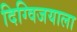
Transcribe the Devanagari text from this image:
दिग्विजयाला